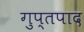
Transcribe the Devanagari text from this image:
गुप्तपाद